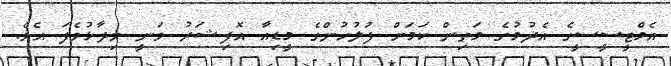
އެމްޓީސީސީގެ އެދުމުގެ މަތިން ކަމަށް ފުލުހުންގެ މީޑިއާ އޮފިޝަރު ވަނީ ވިދާޅުވެފަ އެވެ.